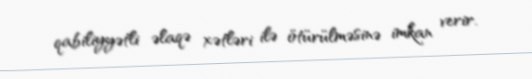
qabiliyyətli əlaqə xətləri ilə ötürülməsinə imkan verir.